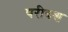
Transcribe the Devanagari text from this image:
परीवश